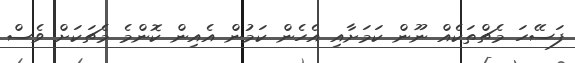
ފަސޭހަ މެޗްތަކެއް ނޫން ކަމަށާއި އެހެން ކަމުން އެއިން ކޮންމެ މެޗަކަށް ވެސް